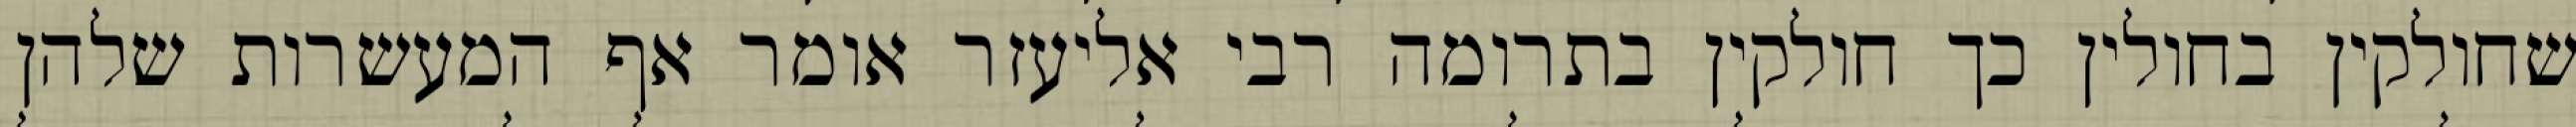
שחולקין בחולין כך חולקין בתרומה רבי אליעזר אומר אף המעשרות שלהן